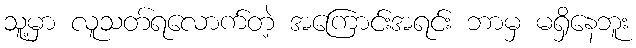
သူ့မှာ လူသတ်ရလောက်တဲ့ အကြောင်းအရင်း ဘာမှ မရှိနေဘူး